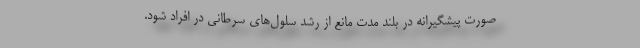
صورت پیشگیرانه در بلند مدت مانع از رشد سلول‌های سرطانی در افراد شود.